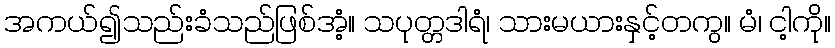
အကယ်၍သည်းခံသည်ဖြစ်အံ့။ သပုတ္တဒါရံ၊ သားမယားနှင့်တကွ။ မံ၊ ငါ့ကို။